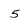
Character: 5